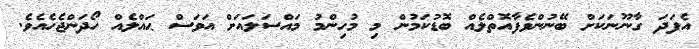
އެފަދަ ގާނޫނަކަށް ބޭނުންވެފާއޮތްލެއް ބޮޑުކަމުން މި މުހިންމު މައްސަލައަށް އަވަސް ޙައްލެއް ހޯދަންޖެހެއެވެ.